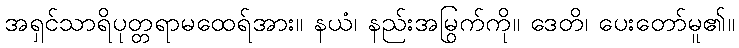
အရှင်သာရိပုတ္တရာမထေရ်အား။ နယံ၊ နည်းအမြွက်ကို။ ဒေတိ၊ ပေးတော်မူ၏။